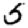
Digit: 5